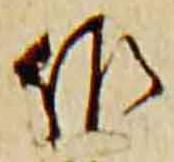
作